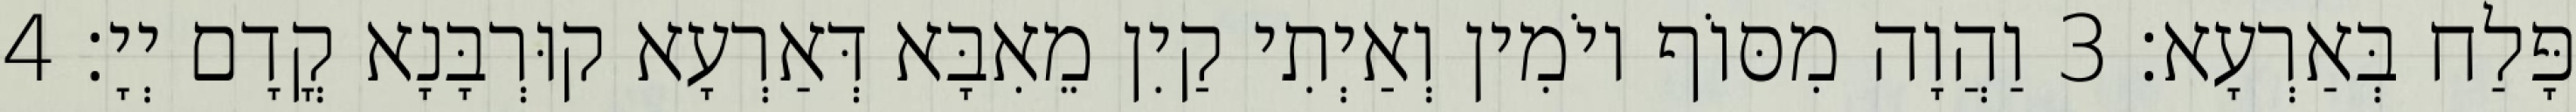
פָּלַח בְּאַרְעָא׃ 3 וַהֲוָה מִסּוֹף יוֹמִין וְאַיְתִי קַיִן מֵאִבָּא דְּאַרְעָא קוּרְבָּנָא קֳדָם יְיָ׃ 4